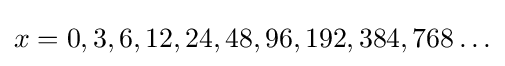
x=0,3,6,12,24,48,96,192,384,768\ldots